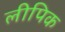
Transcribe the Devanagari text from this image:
लीपिक